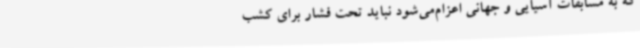
که به مسابقات آسیایی و ‌جهانی اعزام‌می‌شود نباید تحت فشار برای کشب